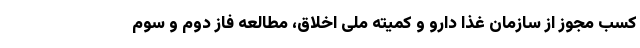
کسب مجوز از سازمان غذا دارو و کمیته ملی اخلاق، مطالعه فاز دوم و سوم